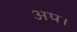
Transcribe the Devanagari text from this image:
अप।